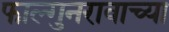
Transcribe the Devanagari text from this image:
फाल्गुनरावाच्या